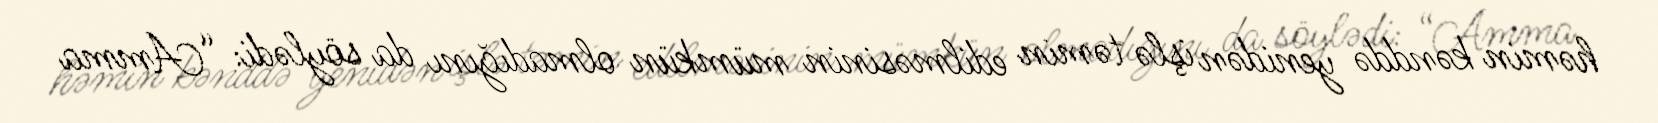
həmin kənddə yenidən işlə təmin edilməsinin mümkün olmadığını da söylədi: “Amma